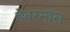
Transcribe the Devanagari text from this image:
हेबरमॉस